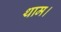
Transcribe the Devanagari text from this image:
थाम।